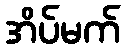
အိပ်မက်